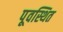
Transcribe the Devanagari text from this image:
पूवस्थित